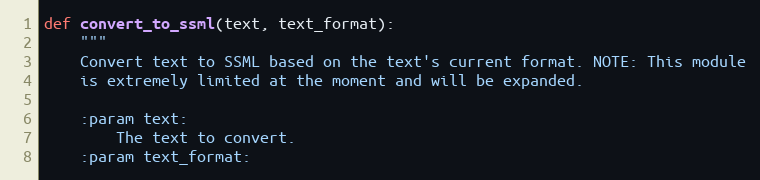
Language: Python
def convert_to_ssml(text, text_format):
    """
    Convert text to SSML based on the text's current format. NOTE: This module
    is extremely limited at the moment and will be expanded.

    :param text:
        The text to convert.
    :param text_format: